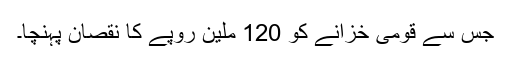
جس سے قومی خزانے کو 120 ملین روپے کا نقصان پہنچا۔